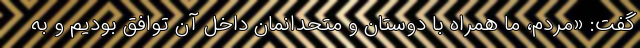
گفت: «مردم، ما همراه با دوستان و متحدانمان داخل آن توافق بودیم و به